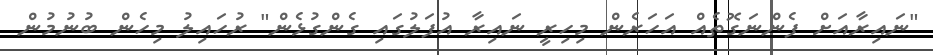
"ނައިރާއަށް ފެންނަގޮތެއް އަހަރެން މިހިރީ ނައިރާ އުފަލުގައި ގެންގުޅެން" ރުހައިލު މިހެން ބުނުމުން